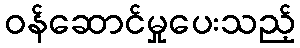
ဝန်ဆောင်မှုပေးသည့်